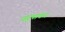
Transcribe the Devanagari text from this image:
धनुषाकर